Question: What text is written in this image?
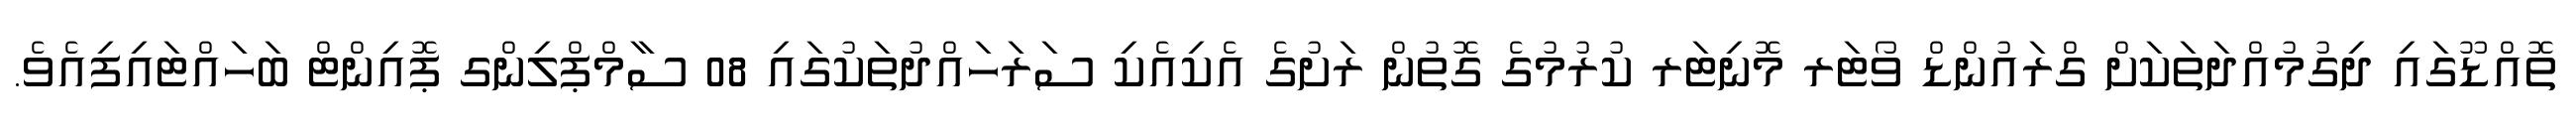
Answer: ތޮއްޑޫގައި ދިގުމުއްދަތަކަށް ގްރައުންޑް ވޯޓަރ މޮނިޓަރ ކުރުމުގެ ގޮތުން ރަށުގެ އެކިއެކި ސަރަހައްދުތަކުގައި 08 ސާމްޕްލިންގ ޕޮއިންޓް ބަހައްޓައިފިއެވެ.